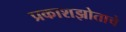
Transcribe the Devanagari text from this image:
प्रकाशझोताचे